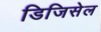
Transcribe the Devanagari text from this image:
डिजिसेल